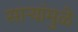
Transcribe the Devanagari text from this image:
साऱ्यांमुळे